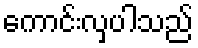
ကောင်းလှပါသည်